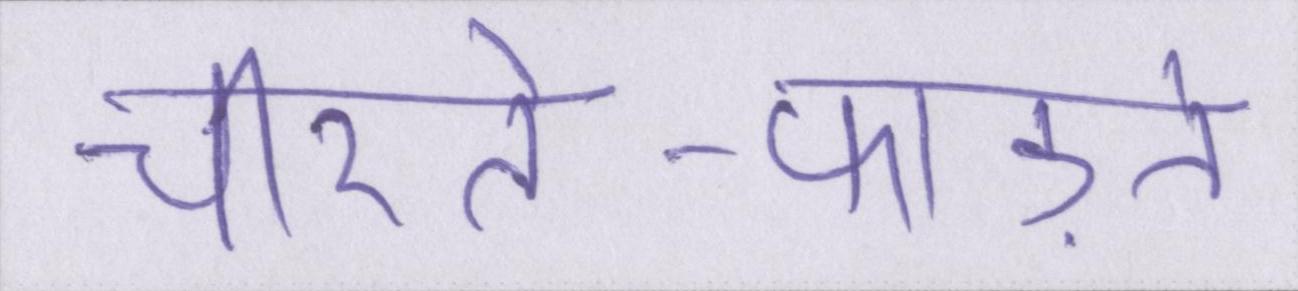
चीरते-फाड़ते